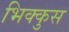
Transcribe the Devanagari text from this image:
भिक्कुस